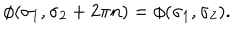
\phi ( \sigma _ { 1 } , \sigma _ { 2 } + 2 \pi n ) = \phi ( \sigma _ { 1 } , \sigma _ { 2 } ) .